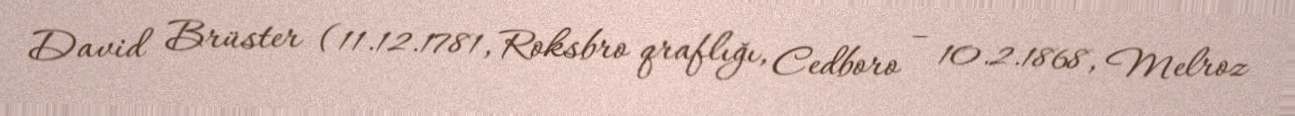
David Brüster (11.12.1781, Roksbro qraflığı, Cedboro – 10.2.1868, Melroz